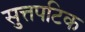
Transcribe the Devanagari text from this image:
सुत्तपटिक